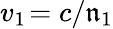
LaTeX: v_{1\! }=c/\mathfrak{n}_{1}